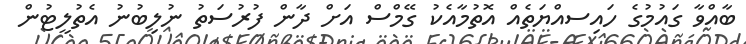
ބާއްވާ ގައުމުގެ ހައިސއްޔަތެއް އޮތުމާއެކު ގޭމްސް އަށް ދާން ފުރުސަތު ނުލިބުނު އެތުލީޓުން